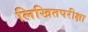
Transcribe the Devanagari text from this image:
लिखितपरीक्षा